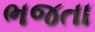
ભજતા